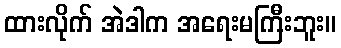
ထားလိုက် အဲဒါက အရေးမကြီးဘူး။